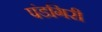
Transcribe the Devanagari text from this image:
पंडगिरी